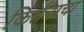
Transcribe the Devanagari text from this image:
किर्तनाचा